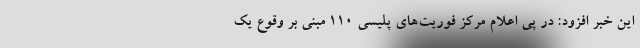
این خبر افزود: در پی اعلام مرکز فوریت‌های پلیسی ۱۱۰ مبنی بر وقوع یک